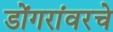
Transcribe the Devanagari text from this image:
डोंगरांवरचे